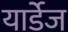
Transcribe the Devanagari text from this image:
यार्डेज